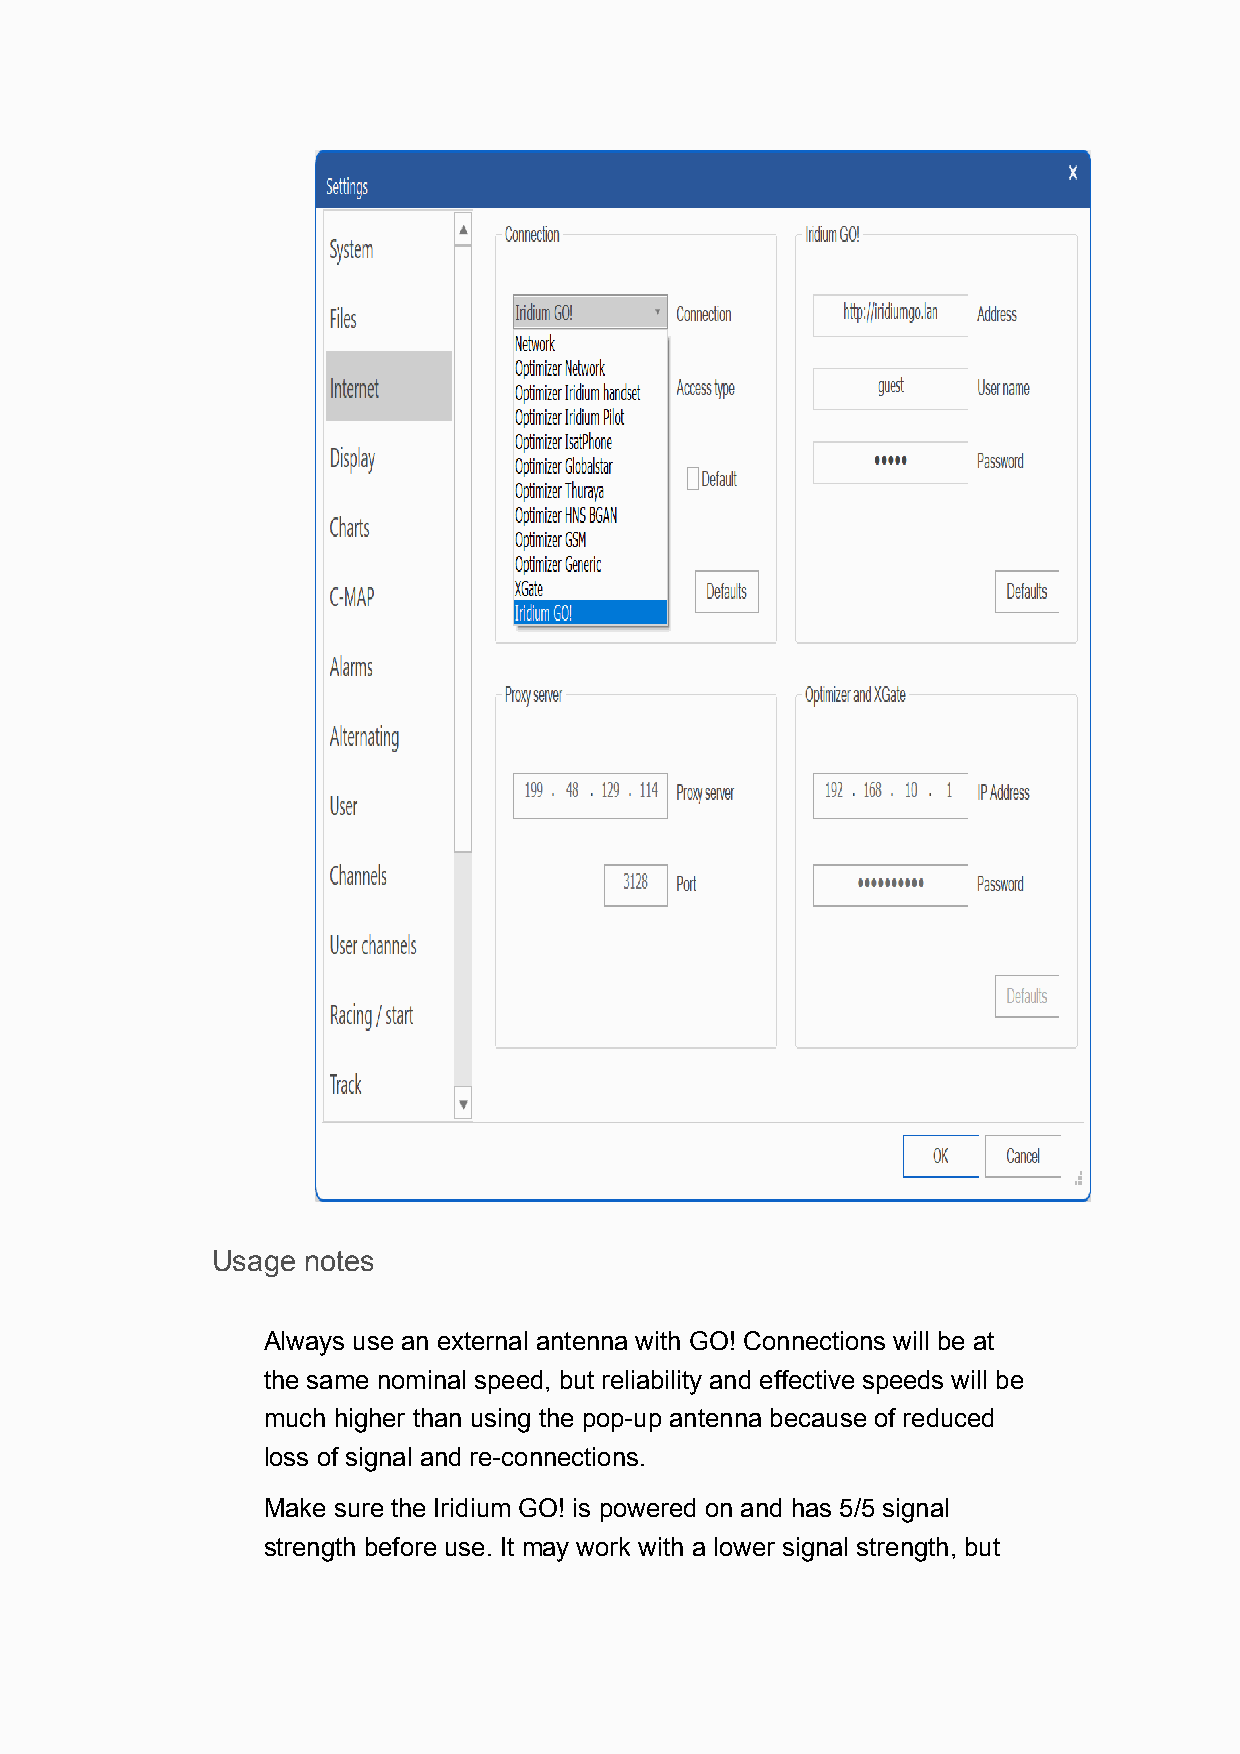
Usage notes
 Always use an external antenna with GO! Connections will be at
 the same nominal speed, but reliability and effective speeds will be
 much higher than using the pop-up antenna because of reduced
 loss of signal and re-connections.
 Make sure the Iridium GO! is powered on and has 5/5 signal
 strength before use. It may work with a lower signal strength, but